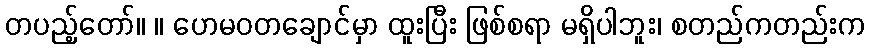
တပည့်တော်။ ။ ဟေမဝတချောင်မှာ ထူးပြီး ဖြစ်စရာ မရှိပါဘူး၊ စတည်ကတည်းက